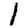
Digit: 1